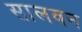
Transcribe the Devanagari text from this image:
सालवन